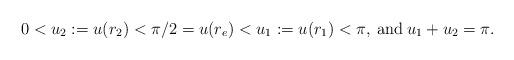
LaTeX: \begin{align*}0<u_2:=u(r_2)<\pi/2=u(r_e)<u_1:=u(r_1)<\pi,{\:\rm and\: }u_1+u_2=\pi.\end{align*}